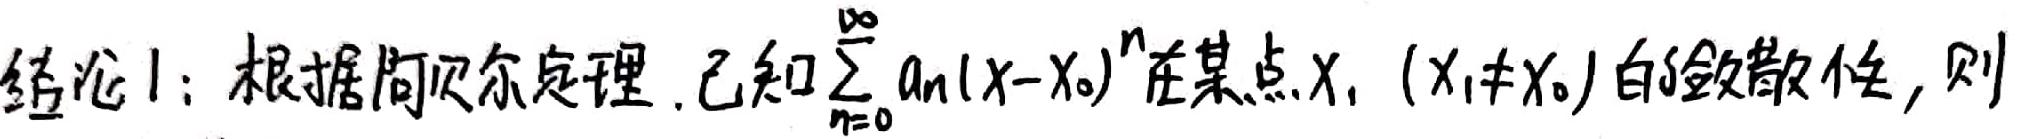
结论1：根据阿贝尔定理. 已知$\sum_{n = 0}^{\infty} a_n(x - x_0)^n$在某点$x_1$ ($x_1\neq x_0$) 的敛散性，则